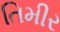
તિમીર